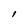
Character: l